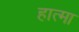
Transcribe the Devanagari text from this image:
हात्मा